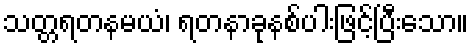
သတ္တရတနမယံ၊ ရတနာခုနစ်ပါးဖြင့်ပြီးသော။